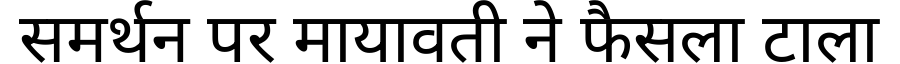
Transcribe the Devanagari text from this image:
समर्थन पर मायावती ने फैसला टाला